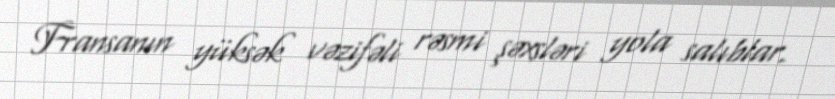
Fransanın yüksək vəzifəli rəsmi şəxsləri yola salıblar.